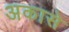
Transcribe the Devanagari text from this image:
अकासे